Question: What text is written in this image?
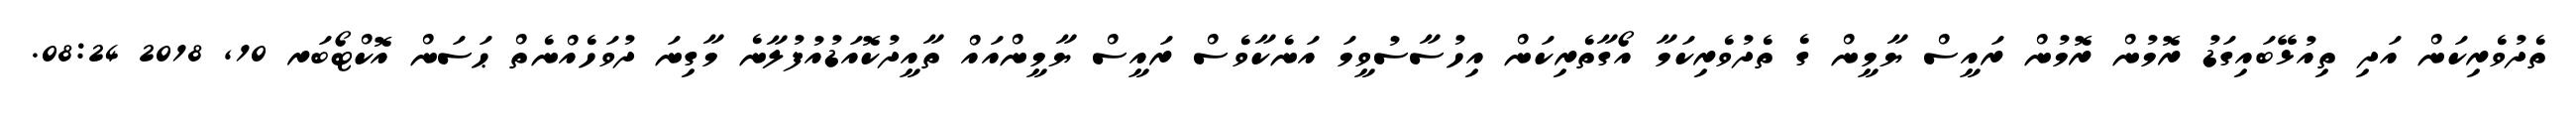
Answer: ތެދުވެރިކަން އަދި ތިއުޅޭބައިގަޑު ރޮމުން ރޮމުން ރައީސް ޔާމީން ގެ ތެދުވެރިކަމާ އޯގާތެރިކަން އިހުސާސުވީމަ އަނެކާވެސް ރައީސް ޔާމީންއައް ތާއީދުކޮއަޑުއުފުލާނެ މާގިނަ ދުވަހެއްނެތް ޙަސަން އޮކްޓޯބަރ 10, 2018 08:24.